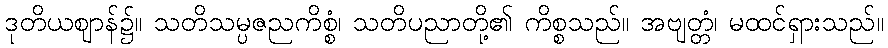
ဒုတိယဈာန်၌။ သတိသမ္ပဇညကိစ္စံ၊ သတိပညာတို့၏ ကိစ္စသည်။ အဗျတ္တံ၊ မထင်ရှားသည်။